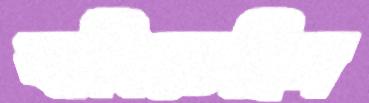
থামিতেছিস